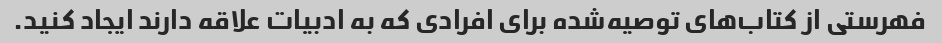
فهرستی از کتاب‌های توصیه‌شده برای افرادی که به ادبیات علاقه دارند ایجاد کنید.